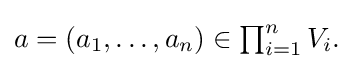
{\textstyle a=\left(a_{1},\ldots ,a_{n}\right)\in \prod _{i=1}^{n}V_{i}.}